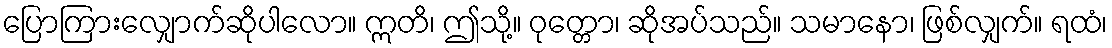
ပြောကြားလျှောက်ဆိုပါလော။ ဣတိ၊ ဤသို့။ ဝုတ္တော၊ ဆိုအပ်သည်။ သမာနော၊ ဖြစ်လျှက်။ ရထံ၊